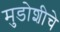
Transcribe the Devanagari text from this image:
मुडोशीचे